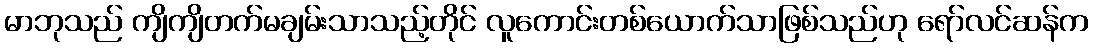
မာဘုသည် ကျိကျိတက်မချမ်းသာသည့်တိုင် လူကောင်းတစ်ယောက်သာဖြစ်သည်ဟု ရော်လင်ဆန်က